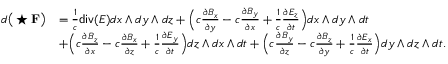
\begin{array} { r l } { d \big ( \star { \bf F } \big ) } & { = \frac { 1 } { c } \mathsf { d i v } ( E ) d x \wedge d y \wedge d z + \Big ( c \frac { \partial B _ { x } } { \partial y } - c \frac { \partial B _ { y } } { \partial x } + \frac { 1 } { c } \frac { \partial E _ { z } } { \partial t } \Big ) d x \wedge d y \wedge d t } \\ & { + \Big ( c \frac { \partial B _ { z } } { \partial x } - c \frac { \partial B _ { x } } { \partial z } + \frac { 1 } { c } \frac { \partial E _ { y } } { \partial t } \Big ) d z \wedge d x \wedge d t + \Big ( c \frac { \partial B _ { y } } { \partial z } - c \frac { \partial B _ { z } } { \partial y } + \frac { 1 } { c } \frac { \partial E _ { x } } { \partial t } \Big ) d y \wedge d z \wedge d t . } \end{array}